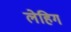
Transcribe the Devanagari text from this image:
लेहिग